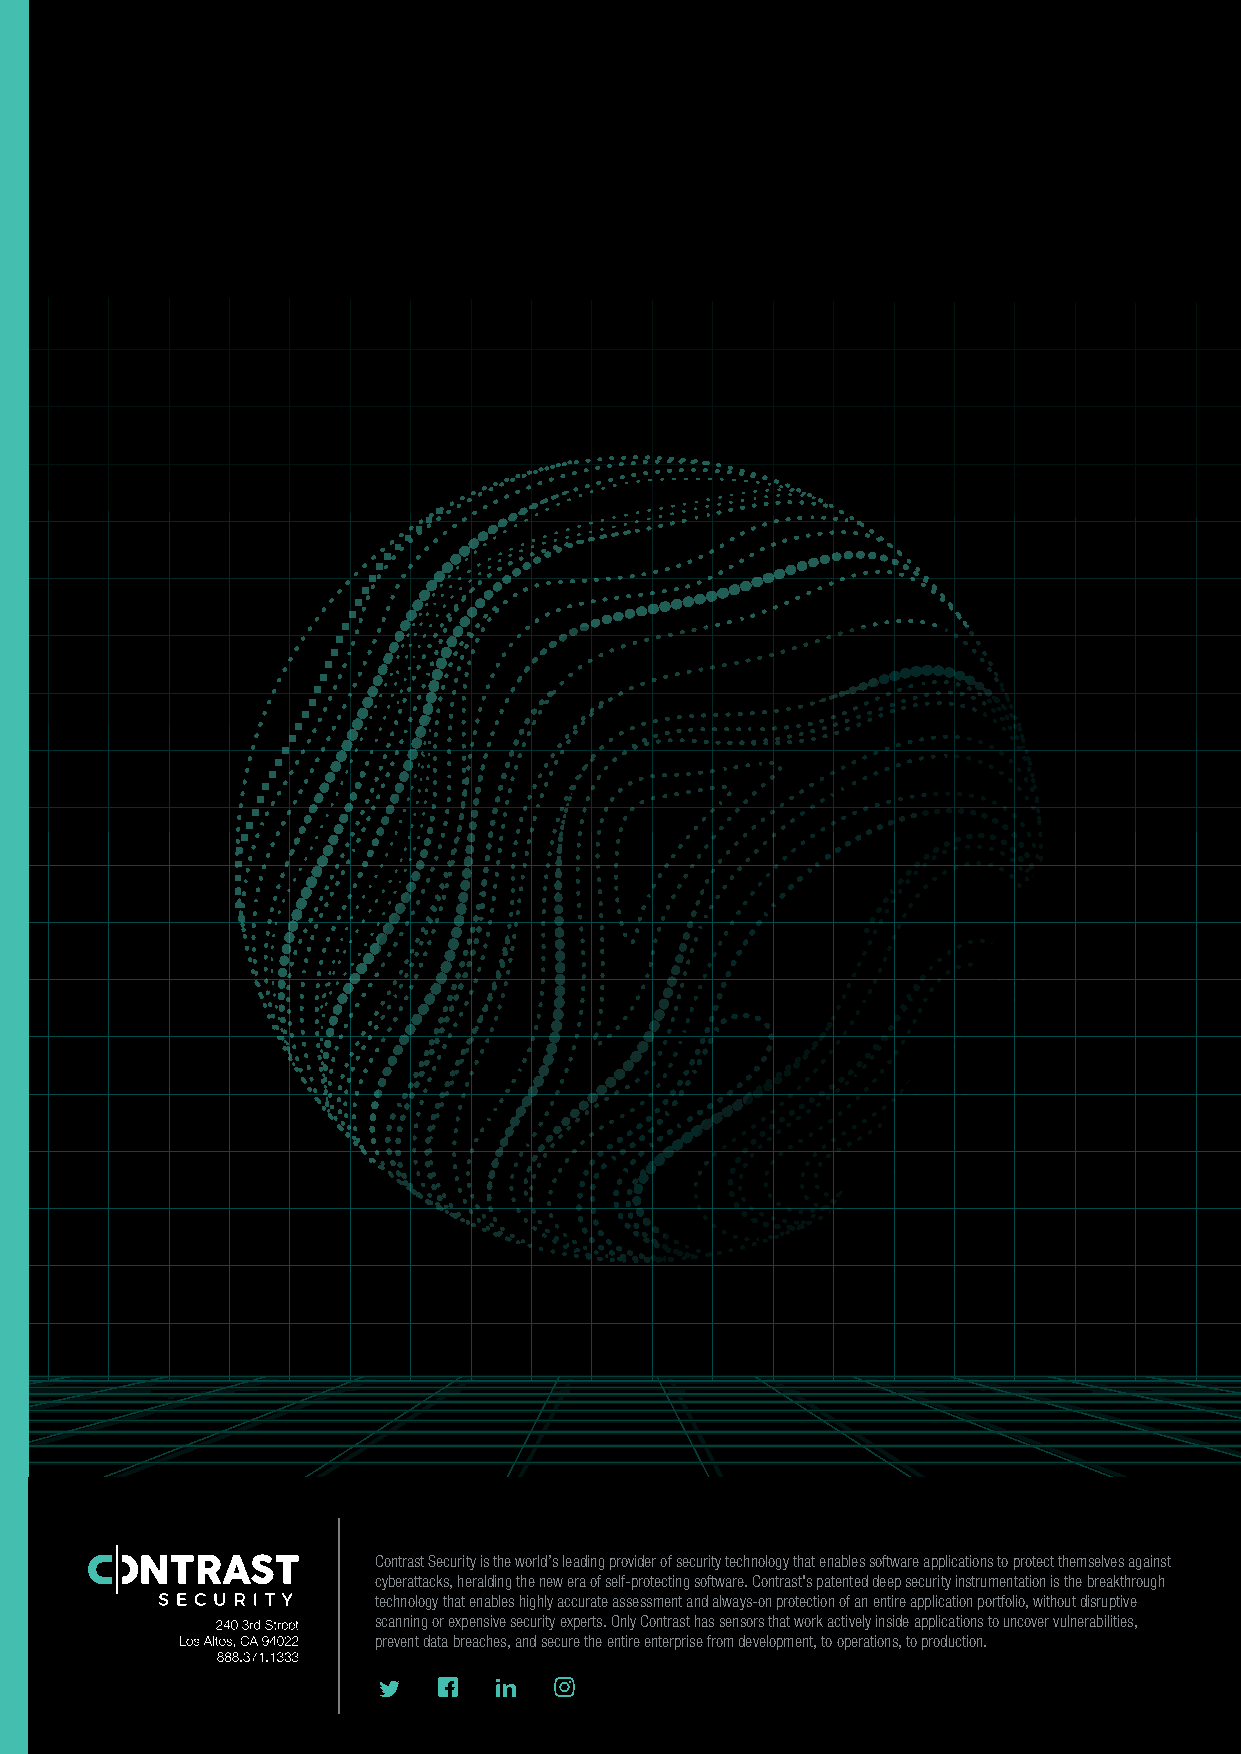
The Contrast Application Security Platform continuously identifies application vulnerabilities in both custom
 and open-source code—from development through release to production. Here, the Contrast Application
 Security Platform delivers the following key capabilities:
 SINGLE PLATFORM
 The Contrast platform offers vulnerability testing in development as well as protection against attacks in
 production through the same embedded security agent. It can therefore present a full-stack view of
 application risk posture. With a single integration point, the Contrast platform delivers true DevSecOps
 with SCA, application security testing, and exploit prevention capabilities using instrumentation across the
 entire SDLC.
 DEVSECOPS CONTROL CENTER
 The Contrast platform provides comprehensive visibility and control of software risk at every level—from a
 single application or microservice up to the team, business unit, or even enterprisewide levels. This
 advantage manifests itself as two key capabilities:
 •    Assurance and Policy Orchestration. The Contrast platform offers a view of an application's
 risk score associated with open-source and custom code, as well as attacks. This full life-cycle
 view of risk allows for enterprisewide reporting, assurance, and benchmarking of application
 security risk posture. This capability also enables security teams to enforce consistent,
 cross-SDLC software security policies across the enterprise, on a business unit, on a specific
 team, or across a portfolio of applications.
 • Runtime Informed Risk Posture. This capability affords more accurate and effective
 vulnerability fixes, without correlating with other systems or requiring security expertise. For
 example, a specific rule firing in a live application in production can inform developers to prioritize
 that vulnerability in development. In addition, certain cross-phase analysis techniques can greatly
 improve the fidelity of results (compared to stand-alone tools). The Contrast platform's static
 analysis techniques can identify security controls and rule out exploitable flows to strengthen the
 accuracy of code analysis results.
 ZERO-DAY DEFENSES
 In production, Contrast monitors runtime data flows to detect the exact moment an attack reaches an
 application vulnerability. Then, before a breach can occur, it instantly blocks any exploitable runtime
 events without affecting the application. This includes unknown threats, new variants, and zero-day
 attacks that often slip past perimeter defenses (e.g., WAFs), directly exposing internal application stacks
 to exploitation. Contrast’s SCA capabilities leverage data from Contrast Assess to unearth open-source
 vulnerabilities before they are disclosed to the National Vulnerability Database.32
 Contrast’s zero-day defenses support two core benefits. First, they provide "air-cover" protection against
 any vulnerability in the application until a patch is released or developers can fix the issue. Second,
 real-time observability of the application runtime allows Contrast to instantly discover and defend against
 previously unknown live exploits.
 Contrast Security is the world’s leading provider of security technology that enables software applications to protect themselves against
 cyberattacks, heralding the new era of self-protecting software. Contrast's patented deep security instrumentation is the breakthrough
 technology that enables highly accurate assessment and always-on protection of an entire application portfolio, without disruptive
 scanning or expensive security experts. Only Contrast has sensors that work actively inside applications to uncover vulnerabilities,
 prevent data breaches, and secure the entire enterprise from development, to operations, to production.